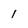
Character: 1